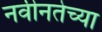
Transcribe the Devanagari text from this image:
नवीनतेच्या